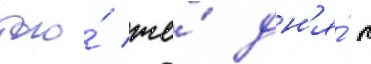
того́ же́ дн'я́ п